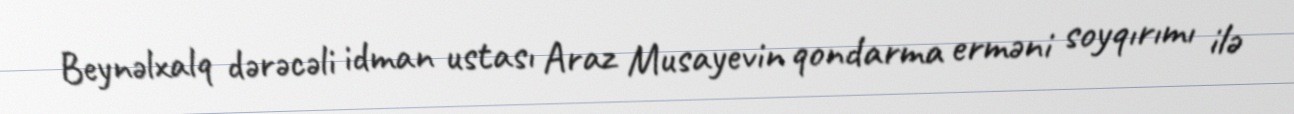
Beynəlxalq dərəcəli idman ustası Araz Musayevin qondarma erməni soyqırımı ilə